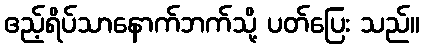
ဧည့်ရိပ်သာနောက်ဘက်သို့ ပတ်ပြေး သည်။